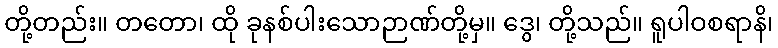
တို့တည်း။ တတော၊ ထို ခုနစ်ပါးသောဉာဏ်တို့မှ။ ဒွေ၊ တို့သည်။ ရူပါဝစရာနိ၊